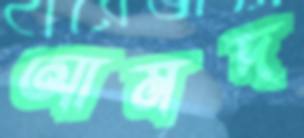
আমদ